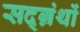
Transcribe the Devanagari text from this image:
सद्ग्रंथों